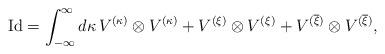
LaTeX: \begin{align*}\mathrm{Id}=\int_{-\infty}^{\infty}d\kappa\,V^{(\kappa)}\otimes V^{(\kappa)}+V^{(\xi)}\otimes V^{(\xi)}+V^{(\overline{\xi})}\otimes V^{(\overline{\xi})},\end{align*}